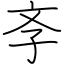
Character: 斈